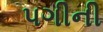
પગીની